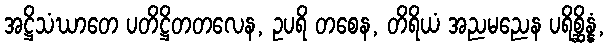
အဋ္ဌိသံဃာတေ ပတိဋ္ဌိတတလေန, ဥပရိ တစေန, တိရိယံ အညမညေန ပရိစ္ဆိန္နံ,